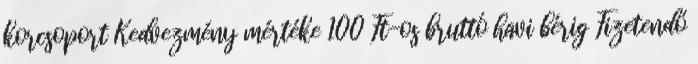
korcsoport Kedvezmény mértéke 100 Ft-os bruttó havi bérig Fizetendő